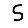
Digit: 5